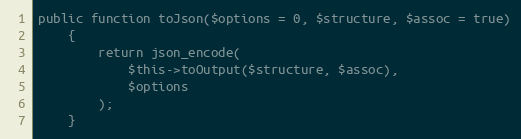
Language: PHP
public function toJson($options = 0, $structure, $assoc = true)
    {
        return json_encode(
            $this->toOutput($structure, $assoc),
            $options
        );
    }